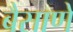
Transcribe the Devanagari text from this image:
बैसाणे